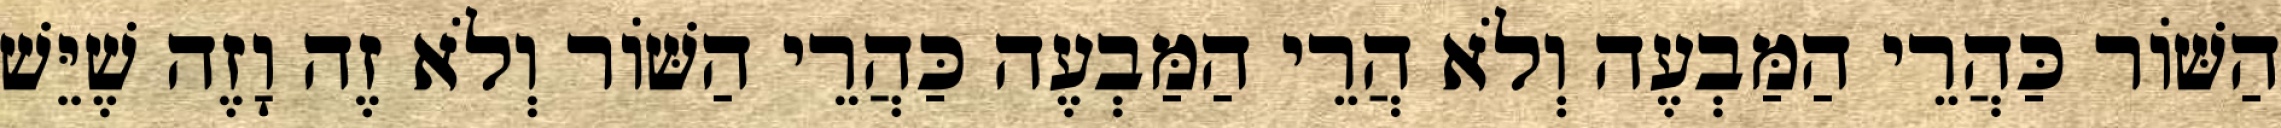
הַשּׁוֹר כַּהֲרֵי הַמַּבְעֶה וְלֹא הֲרֵי הַמַּבְעֶה כַּהֲרֵי הַשּׁוֹר וְלֹא זֶה וָזֶה שֶׁיֵּשׁ